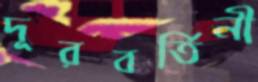
দূরবর্তিনী